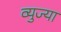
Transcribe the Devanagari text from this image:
व्युज्या